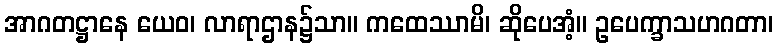
အာဂတဋ္ဌာနေ ယေဝ၊ လာရာဌာန၌သာ။ ကထေဿာမိ၊ ဆိုပေအံ့။ ဥပေက္ခာသဟဂတာ၊